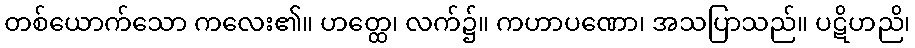
တစ်ယောက်သော ကလေး၏။ ဟတ္ထေ၊ လက်၌။ ကဟာပဏော၊ အသပြာသည်။ ပဋိဟညိ၊